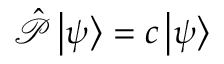
{ \hat { \mathcal { P } } } \left| \psi \right\rangle = c \left| \psi \right\rangle